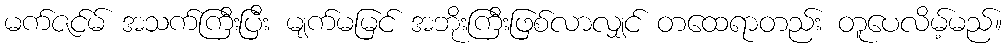
မက်ဇင်မ် အသက်ကြီးပြီး မျက်မမြင် အဘိုးကြီးဖြစ်လာလျှင် တထေရာတည်း တူပေလိမ့်မည်။